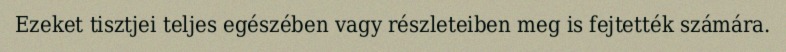
Ezeket tisztjei teljes egészében vagy részleteiben meg is fejtették számára.